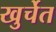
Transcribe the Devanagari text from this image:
खुर्चेत